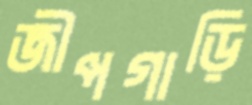
জীপগাড়ি